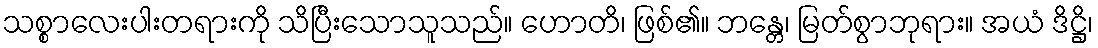
သစ္စာလေးပါးတရားကို သိပြီးသောသူသည်။ ဟောတိ၊ ဖြစ်၏။ ဘန္တေ၊ မြတ်စွာဘုရား။ အယံ ဒိဋ္ဌိ၊